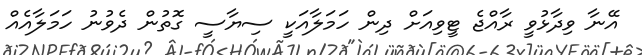
އޭނާ ވިދާޅުވީ ރާއްޖެ ޓީވިއަށް ދިން ހަމަލާއަކީ ސިޔާސީ ގޮތުން ދެވުނު ހަމަލާއެއް